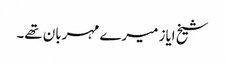
شیخ ایاز میرے مہربان تھے۔